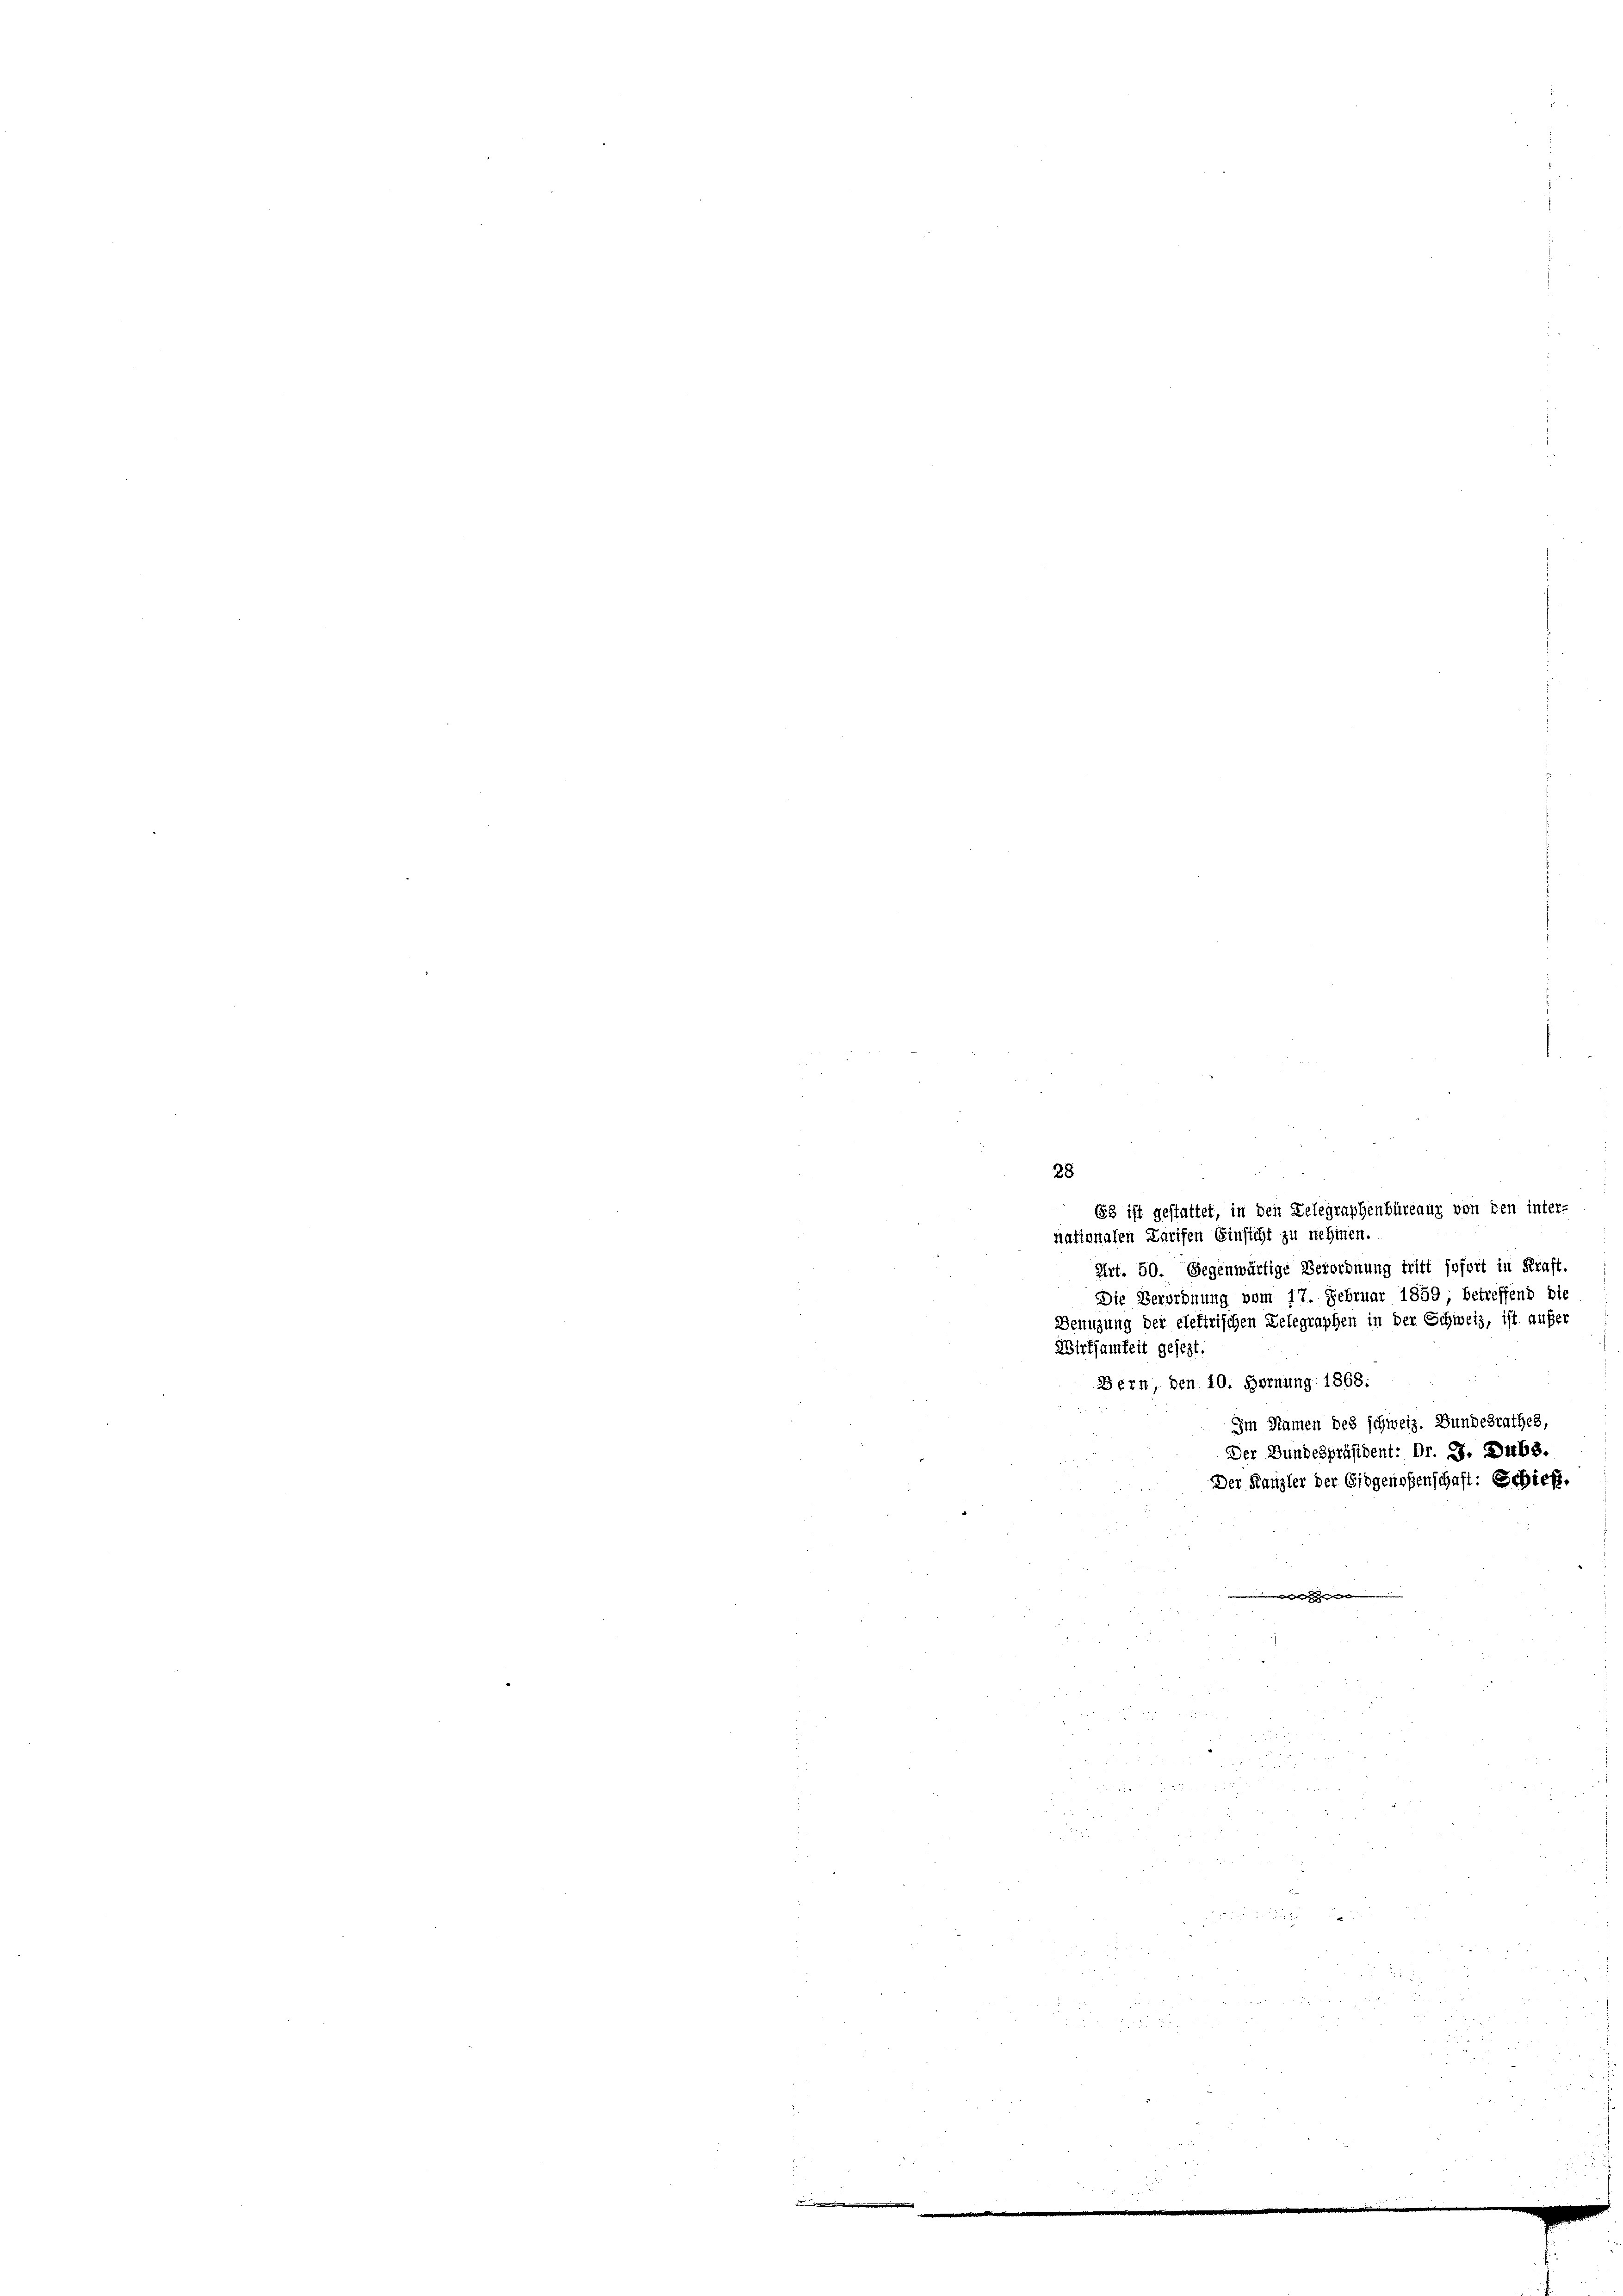
(53 ist gestattet, in den Lelegraphenbüreaug von den inter-
nationalen Karifen Einsicht zu nehmen.
Art. 50. Gegenwärtige Verordnung tritt sofort in Kraft,
Die Verordnung vom 17. Februar 1859, betreffend bis
Benuzung der elektrischen Telegraphen in der Schweiz, ist aufer
Wirksamkeit gesezt
Bern, den 10. Hornung 1868:
Im Namen des schweiz. Bundesrathes,
Der Bundespräsident: Dr. A. Dubs.
Der Kanzler der Eidgenoßenschaft: Schieß.

28